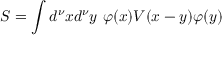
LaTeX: S = \int d ^ { \nu } x d ^ { \nu } y ~ \varphi ( x ) V ( x - y ) \varphi ( y )